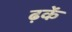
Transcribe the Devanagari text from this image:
ढ़कें